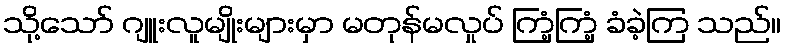
သို့သော် ဂျူးလူမျိုးများမှာ မတုန်မလှုပ် ကြံ့ကြံ့ ခံခဲ့ကြ သည်။